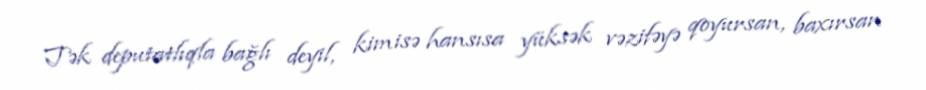
Tək deputatlıqla bağlı deyil, kimisə hansısa yüksək vəzifəyə qoyursan, baxırsan